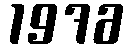
1976